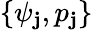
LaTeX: \{ \psi_{\mathbf{j}},p_{\mathbf{j}}\}